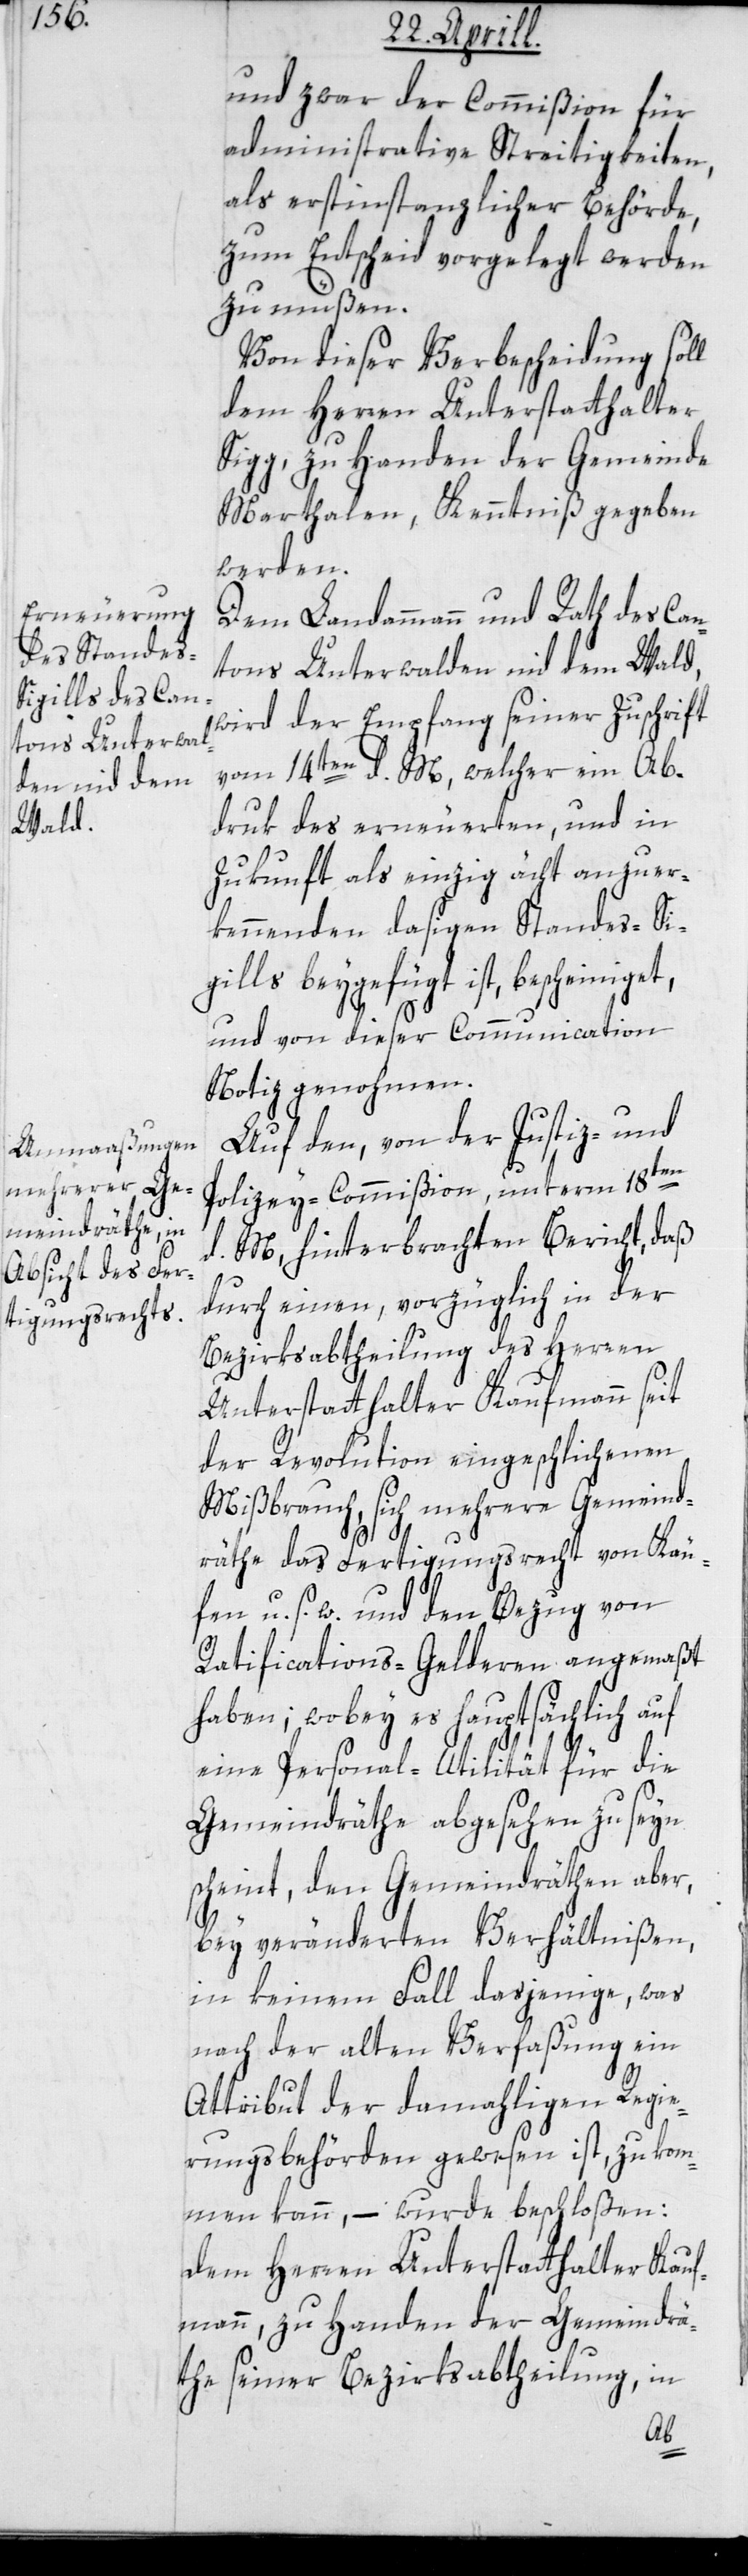
und zwar der Commißion für
administrative Streitigkeiten,
als erstinstanzlicher Behörde,
zum Entscheid vorgelegt werden
zu müßen.
Von dieser Verbescheidung soll
dem Herren Unterstatthalter
Sigg, zu Handen der Gemeinde
Marthalen, Kenntniß gegeben
werden.
Dem Landammann und Rath des Can¬
tons Unterwalden nid dem Wald,
wird der Empfang seiner Zuschrift
vom 14ten d. M., welcher ein Ab¬
druk des erneuerten und in
Zukunft als einzig ächt anzuer¬
kennenden dasigen Standes-Si¬
gills beygefügt ist, bescheiniget,
und von dieser Communication
Notiz genohmen.
Auf den, von der Justiz- und
Polizey-Commißion unterm 18ten
d. M., hinterbrachten Bericht, daß
durch einen, vorzüglich in der
Bezirksabtheilung des Herren
Unterstatthalter Kaufmann seit
der Revolution eingeschlichenen
Mißbrauch, sich mehrere Gemeind¬
räthe das Fertigungsrecht von Käu¬
fen u. s. w., und den Bezug von
Ratifications-Gelderen angemaßt
haben; wobey es hauptsächlich auf
eine Personal-Atilität für die
Gemeindräthe abgesehen zu seyn
scheint, den Gemeindräthen aber,
bey veränderten Verhältnißen,
in keinem Fall dasjenige, was
nach der alten Verfaßung ein
Attribut der damahligen Regie¬
rungsbehörden gewesen ist, zukom¬
men kann, – wurde beschloßen:
Dem Herren Unterstatthalter Kauf¬
mann, zu Handen der Gemeindrä¬
the seiner Bezirksabtheilung, in